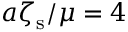
a \zeta _ { \mathrm { s } } / \mu = 4